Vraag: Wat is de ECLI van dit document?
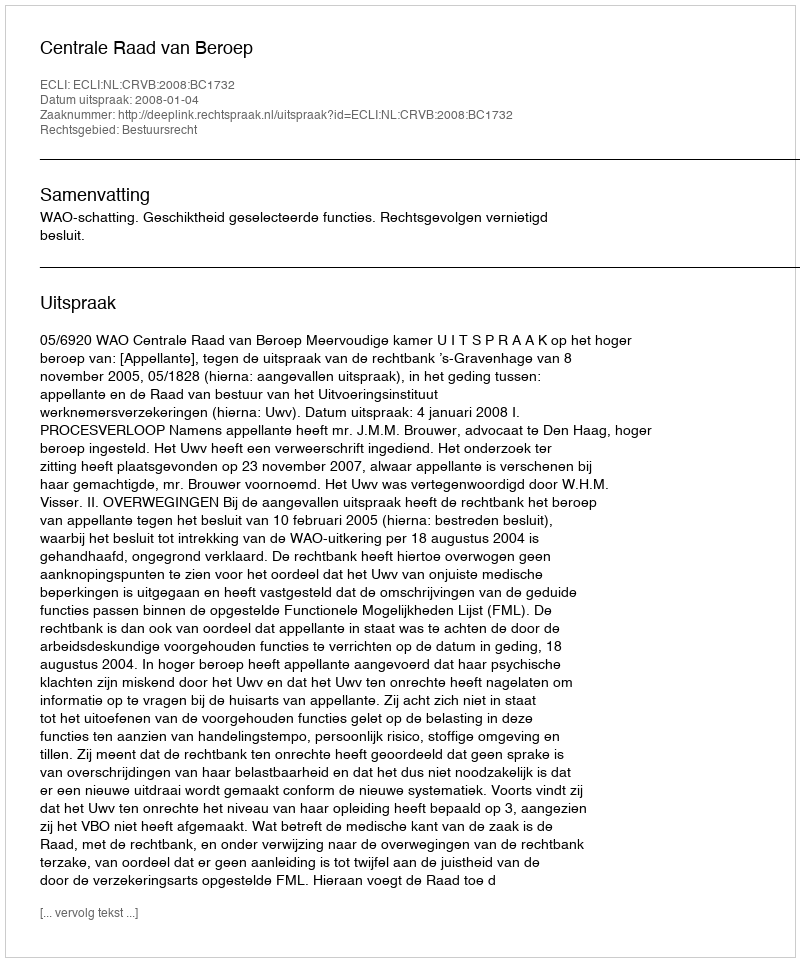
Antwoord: ECLI:NL:CRVB:2008:BC1732